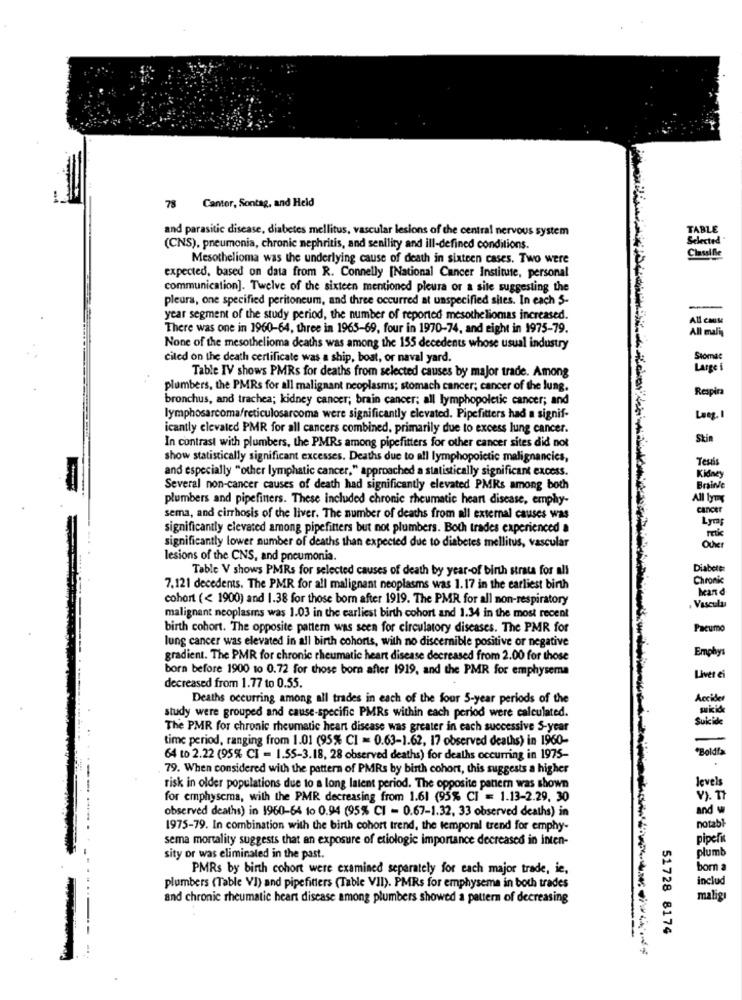
Canter, Sontag, and Held
and parasitic disease, diabetes mellitus, vascular lesions of the central nervous system
TABLE
Selected
(CNS), pneumonia, chronic nephritis, and senility and ill-defined conditions.
Claualle
Mesothelioma was the underlying cause of death in sixteen cases. Two were
expected, based on data from R. Connelly [National Cancer Institute, personal
communication]. Twelve of the sixteen mentioned pleura or a site suggesting the
pleura, one specified peritoneum, and three occurred at unspecified sites. In each 5-
-
year segment of the study period, the number of reported mesotheliomas increased.
All casse
There was one in 1960-64, three in 1965-69, four in 1970-74, and eight in 1975-79.
All malin
None of the mesothelioma deaths was among the 155 decedents whose usual industry
ciled on the death certificate was a ship, boat, or naval yard.
Stomat
Table IV shows PMRs for deaths from selected causes by major trade. Among
Large i
plumbers, the PMRs for all malignant neoplasms; stomach cancer; cancer of the lung.
Respira
bronchus, and trachea; kidney cancer; brain cancer; all lymphopoletic cancer; and
lymphosarcoma/reticulosarcoma were significantly elevated. Pipefitters had a signif-
Lag. 1
icantly elevated PMR for all cancers combined, primarily due to excess lung cancer.
Skin
In contrast with plumbers, the PMRs among pipefitters for other cancer sites did not
show statistically significant excesses. Deaths due to all lymphopoictic malignancies,
Testis
and especially "other lymphatic cancer," approached a statistically significant excess.
Kidney
Several non-cancer causes of death had significantly elevated PMRs among both
Brainfe
plumbers and pipefiners. These included chronic rheumatic heart disease, emphy-
All tyTy
cancer
sema, and cirrhosis of the liver. The number of deaths from all external causes was
Lym
significantly elevated among pipefitters but not plumbers. Both trades experienced a
significantly lower number of deaths than expected due to diabetes mellitus, vascular
Outer
lesions of the CNS, and pneumonia.
Table V shows PMRs for selected causes of death by year-of birth strata for all
Diabete:
Chroni
7.121 decedents. The PMR for all malignant neoplasms was 1.17 in the earliest birth
cohort (< 1900) and 1.38 for those born after 1919. The PMR for all non-respiratory
. Vascula
malignant neoplasms was 1.03 in the earliest birth cohort and 1.34 in the most recent
birth cohort. The opposite pattern was seen for circulatory diseases. The PMR for
Pacumo
lung cancer was elevated in all birth cohorts, with no discernible positive or negative
Emphys
gradient. The PMR for chronic rheumatic heart disease decreased from 2.00 for those
born before 1900 to 0.72 for those born after 1919, and the PMR for emphysema
Liver ei
decreased from 1.77 to 0.55.
Deaths occurring among all trades in each of the four 5-year periods of the
Accide
study were grouped and cause-specific PMRs within each period were calculated.
Suicide
The PMR for chronic rheumatic heart disease was greater in each successive S-year
time period, ranging from 1.01 (95% CI = 0.63-1.62, 17 observed deaths) in 1960-
"Boldía
64 to 2.22 (95% CI = 1.55-3.18, 28 observed deaths) for deaths occurring in 1975-
79. When considered with the pattern of PMRs by birth cohort, this suggests a higher
risk in older populations due to a long latent period. The opposite panem was shown
levels
for emphysema, with the PMR decreasing from 1.61 (95% CI = 1.13-2.29. 30
V). IT
observed deaths) in 1960-64 to 0.94 (95% CI - 0.67-1.32, 33 observed deaths) in
and
----
1975-79. In combination with the birth cohort trend, the temporal trend for emphy-
notabl
sema mortality suggests that an exposure of etiologie importance decreased in inten-
pipefi
plumb
sity or was eliminated in the past.
PMRs by birth cohort were examined separately for each major trade, ie,
born a
includ
plumbers (Table VI) and pipefitters (Table VII). PMRs for emphysema in both trades
and chronic rheumatic heart disease among plumbers showed a pattern of decreasing
malig
51728 8174
-- -..